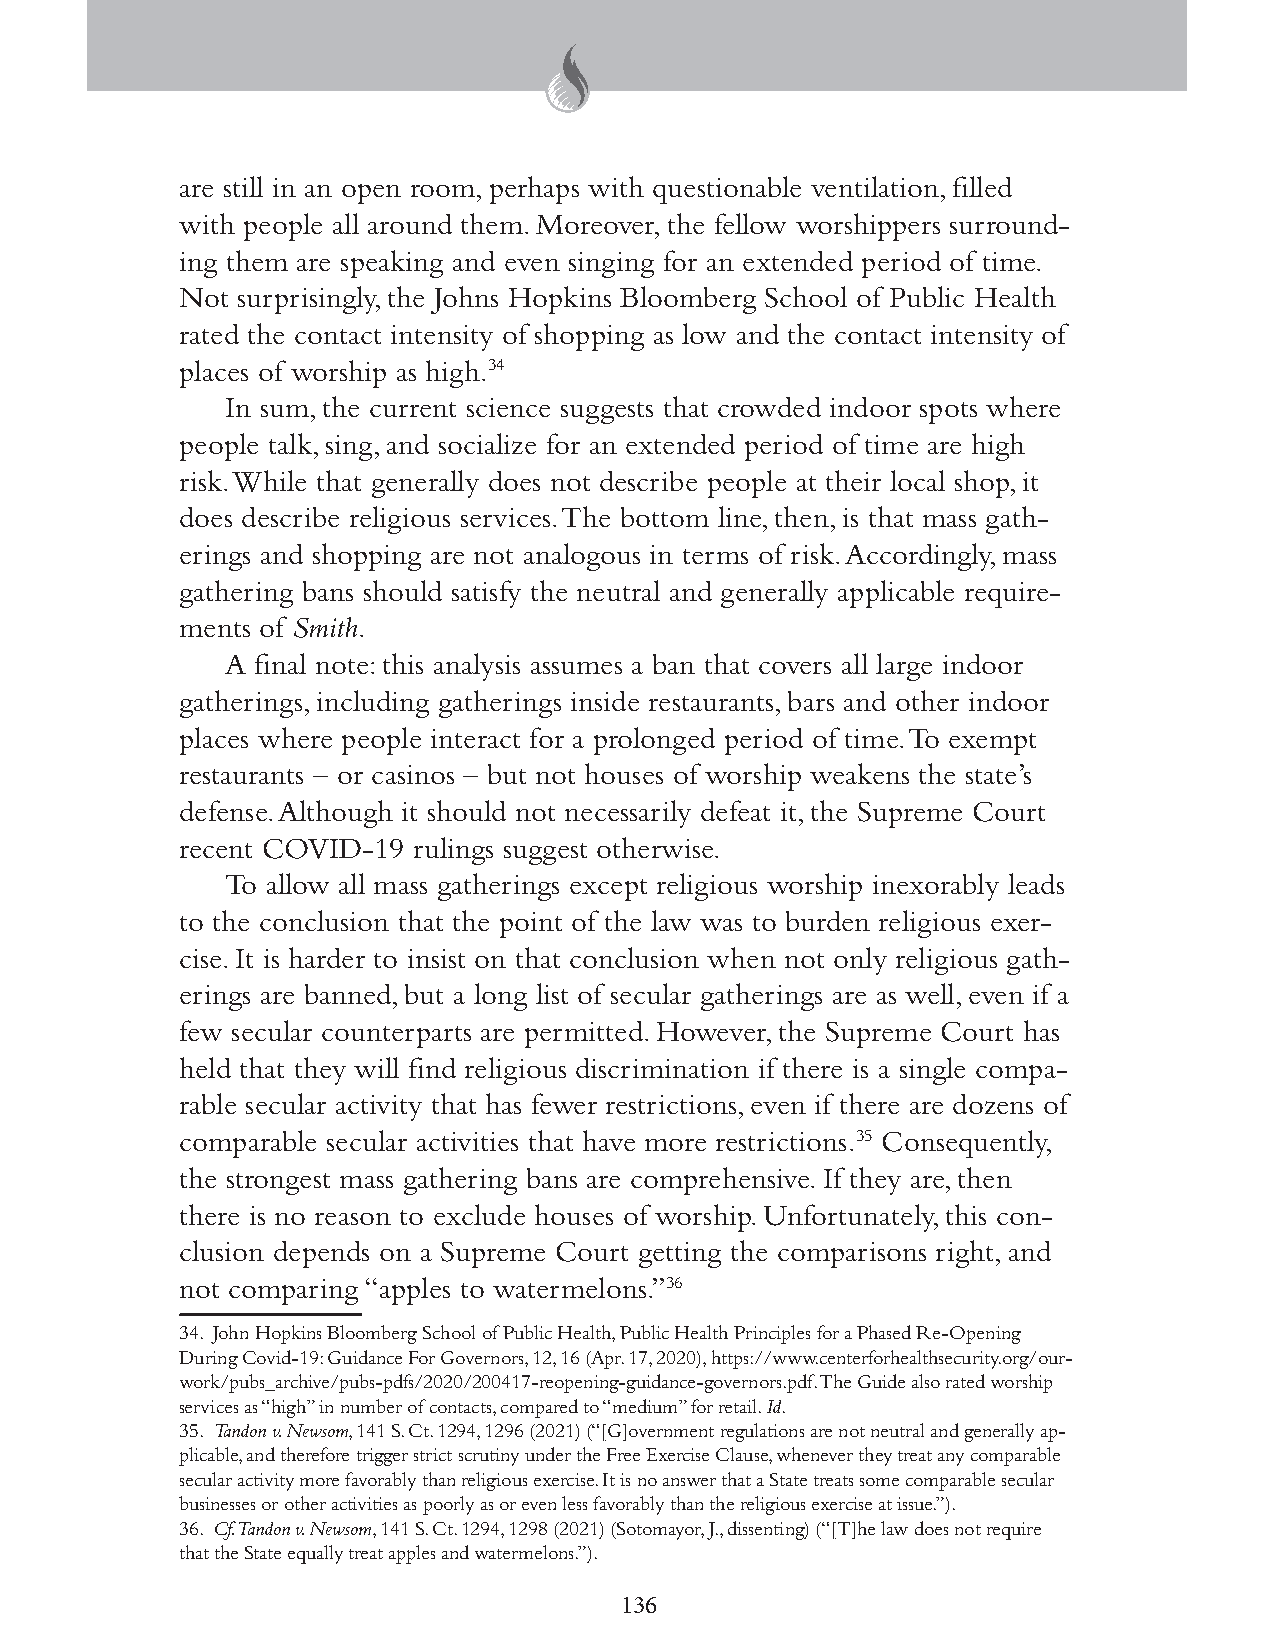
are still in an open room, perhaps with questionable ventilation, filled
 with people all around them. Moreover, the fellow worshippers surround-
 ing them are speaking and even singing for an extended period of time.
 Not surprisingly, the Johns Hopkins Bloomberg School of Public Health
 rated the contact intensity of shopping as low and the contact intensity of
 places of worship as high.34
 In sum, the current science suggests that crowded indoor spots where
 people talk, sing, and socialize for an extended period of time are high
 risk. While that generally does not describe people at their local shop, it
 does describe religious services. The bottom line, then, is that mass gath-
 erings and shopping are not analogous in terms of risk. Accordingly, mass
 gathering bans should satisfy the neutral and generally applicable require-
 ments of Smith.
 A final note: this analysis assumes a ban that covers all large indoor
 gatherings, including gatherings inside restaurants, bars and other indoor
 places where people interact for a prolonged period of time. To exempt
 restaurants – or casinos – but not houses of worship weakens the state’s
 defense. Although it should not necessarily defeat it, the Supreme Court
 recent COVID-19 rulings suggest otherwise.
 To allow all mass gatherings except religious worship inexorably leads
 to the conclusion that the point of the law was to burden religious exer-
 cise. It is harder to insist on that conclusion when not only religious gath-
 erings are banned, but a long list of secular gatherings are as well, even if a
 few secular counterparts are permitted. However, the Supreme Court has
 held that they will find religious discrimination if there is a single compa-
 rable secular activity that has fewer restrictions, even if there are dozens of
 comparable secular activities that have more restrictions.35 Consequently,
 the strongest mass gathering bans are comprehensive. If they are, then
 there is no reason to exclude houses of worship. Unfortunately, this con-
 clusion depends on a Supreme Court getting the comparisons right, and
 not comparing “apples to watermelons.”36
 34. John Hopkins Bloomberg School of Public Health, Public Health Principles for a Phased Re-Opening
 During Covid-19: Guidance For Governors, 12, 16 (Apr. 17, 2020), https://www.centerforhealthsecurity.org/our-
 work/pubs_archive/pubs-pdfs/2020/200417-reopening-guidance-governors.pdf. The Guide also rated worship
 services as “high” in number of contacts, compared to “medium” for retail. Id.
 35. Tandon v. Newsom, 141 S. Ct. 1294, 1296 (2021) (“[G]overnment regulations are not neutral and generally ap-
 plicable, and therefore trigger strict scrutiny under the Free Exercise Clause, whenever they treat any comparable
 secular activity more favorably than religious exercise. It is no answer that a State treats some comparable secular
 businesses or other activities as poorly as or even less favorably than the religious exercise at issue.”).
 36. Cf. Tandon v. Newsom, 141 S. Ct. 1294, 1298 (2021) (Sotomayor, J., dissenting) (“[T]he law does not require
 that the State equally treat apples and watermelons.”).
 136